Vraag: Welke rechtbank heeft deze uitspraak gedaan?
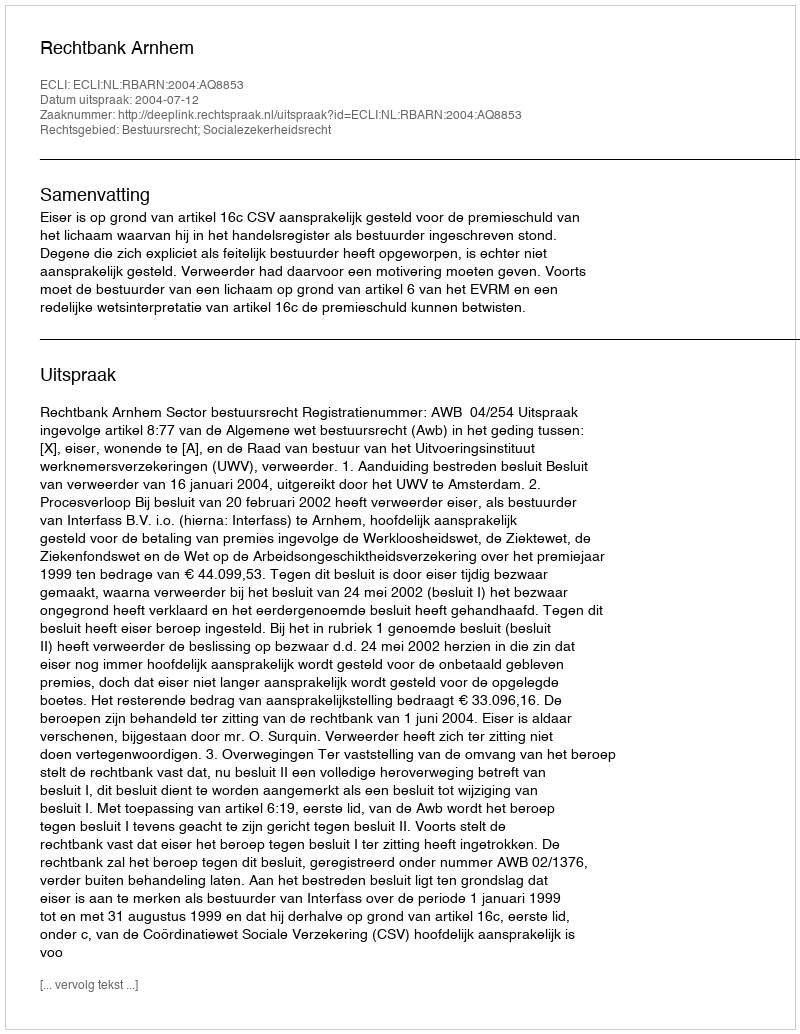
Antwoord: Rechtbank Arnhem